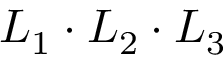
L _ { 1 } \cdot L _ { 2 } \cdot L _ { 3 }